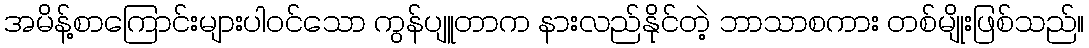
အမိန့်စာကြောင်းများပါဝင်သော ကွန်ပျူတာက နားလည်နိုင်တဲ့ ဘာသာစကား တစ်မျိုးဖြစ်သည်။